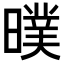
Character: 𣊪